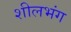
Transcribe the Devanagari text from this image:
शीलभंग